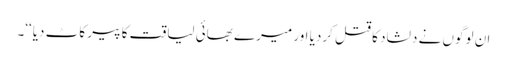
ان لوگوں نے دلشاد کا قتل کردیا اور میرے بھائی لیاقت کا پیر کاٹ دیا‘‘۔